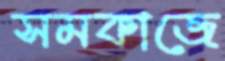
সমকাজে